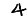
Digit: 4